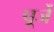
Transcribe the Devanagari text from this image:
पूर्जे